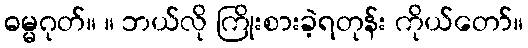
ဓမ္မဂုတ်။ ။ ဘယ်လို ကြိုးစားခဲ့ရတုန်း ကိုယ်တော်။